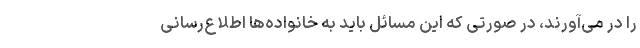
را در می‌آورند، در صورتی که این مسائل باید به خانواده‌ها اطلاع‌رسانی